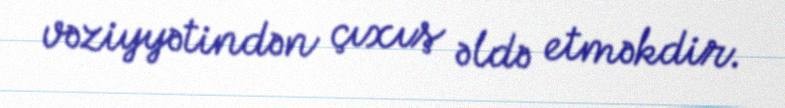
vəziyyətindən çıxış əldə etməkdir.